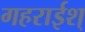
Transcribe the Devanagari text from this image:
गहराईश्